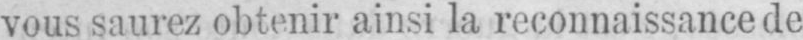
vous saurez obtenir ainsi la reconnaissance de